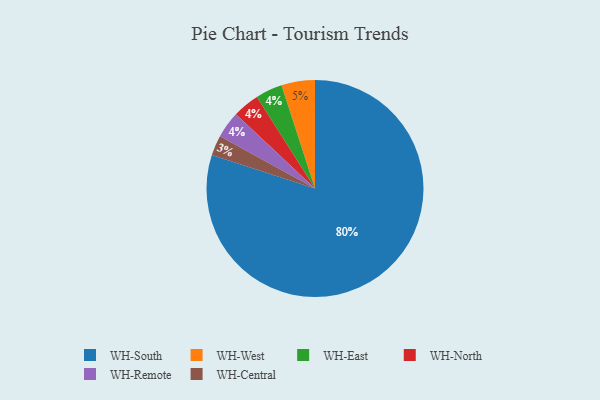
{"axis": {"x": "Category", "y": "Percentage"}, "legend": ["WH-Central", "WH-East", "WH-North", "WH-Remote", "WH-South", "WH-West"], "data": [{"x": "WH-East", "y": 4, "type": "WH-East"}, {"x": "WH-South", "y": 80, "type": "WH-South"}, {"x": "WH-North", "y": 4, "type": "WH-North"}, {"x": "WH-Remote", "y": 4, "type": "WH-Remote"}, {"x": "WH-West", "y": 5, "type": "WH-West"}, {"x": "WH-Central", "y": 3, "type": "WH-Central"}]}